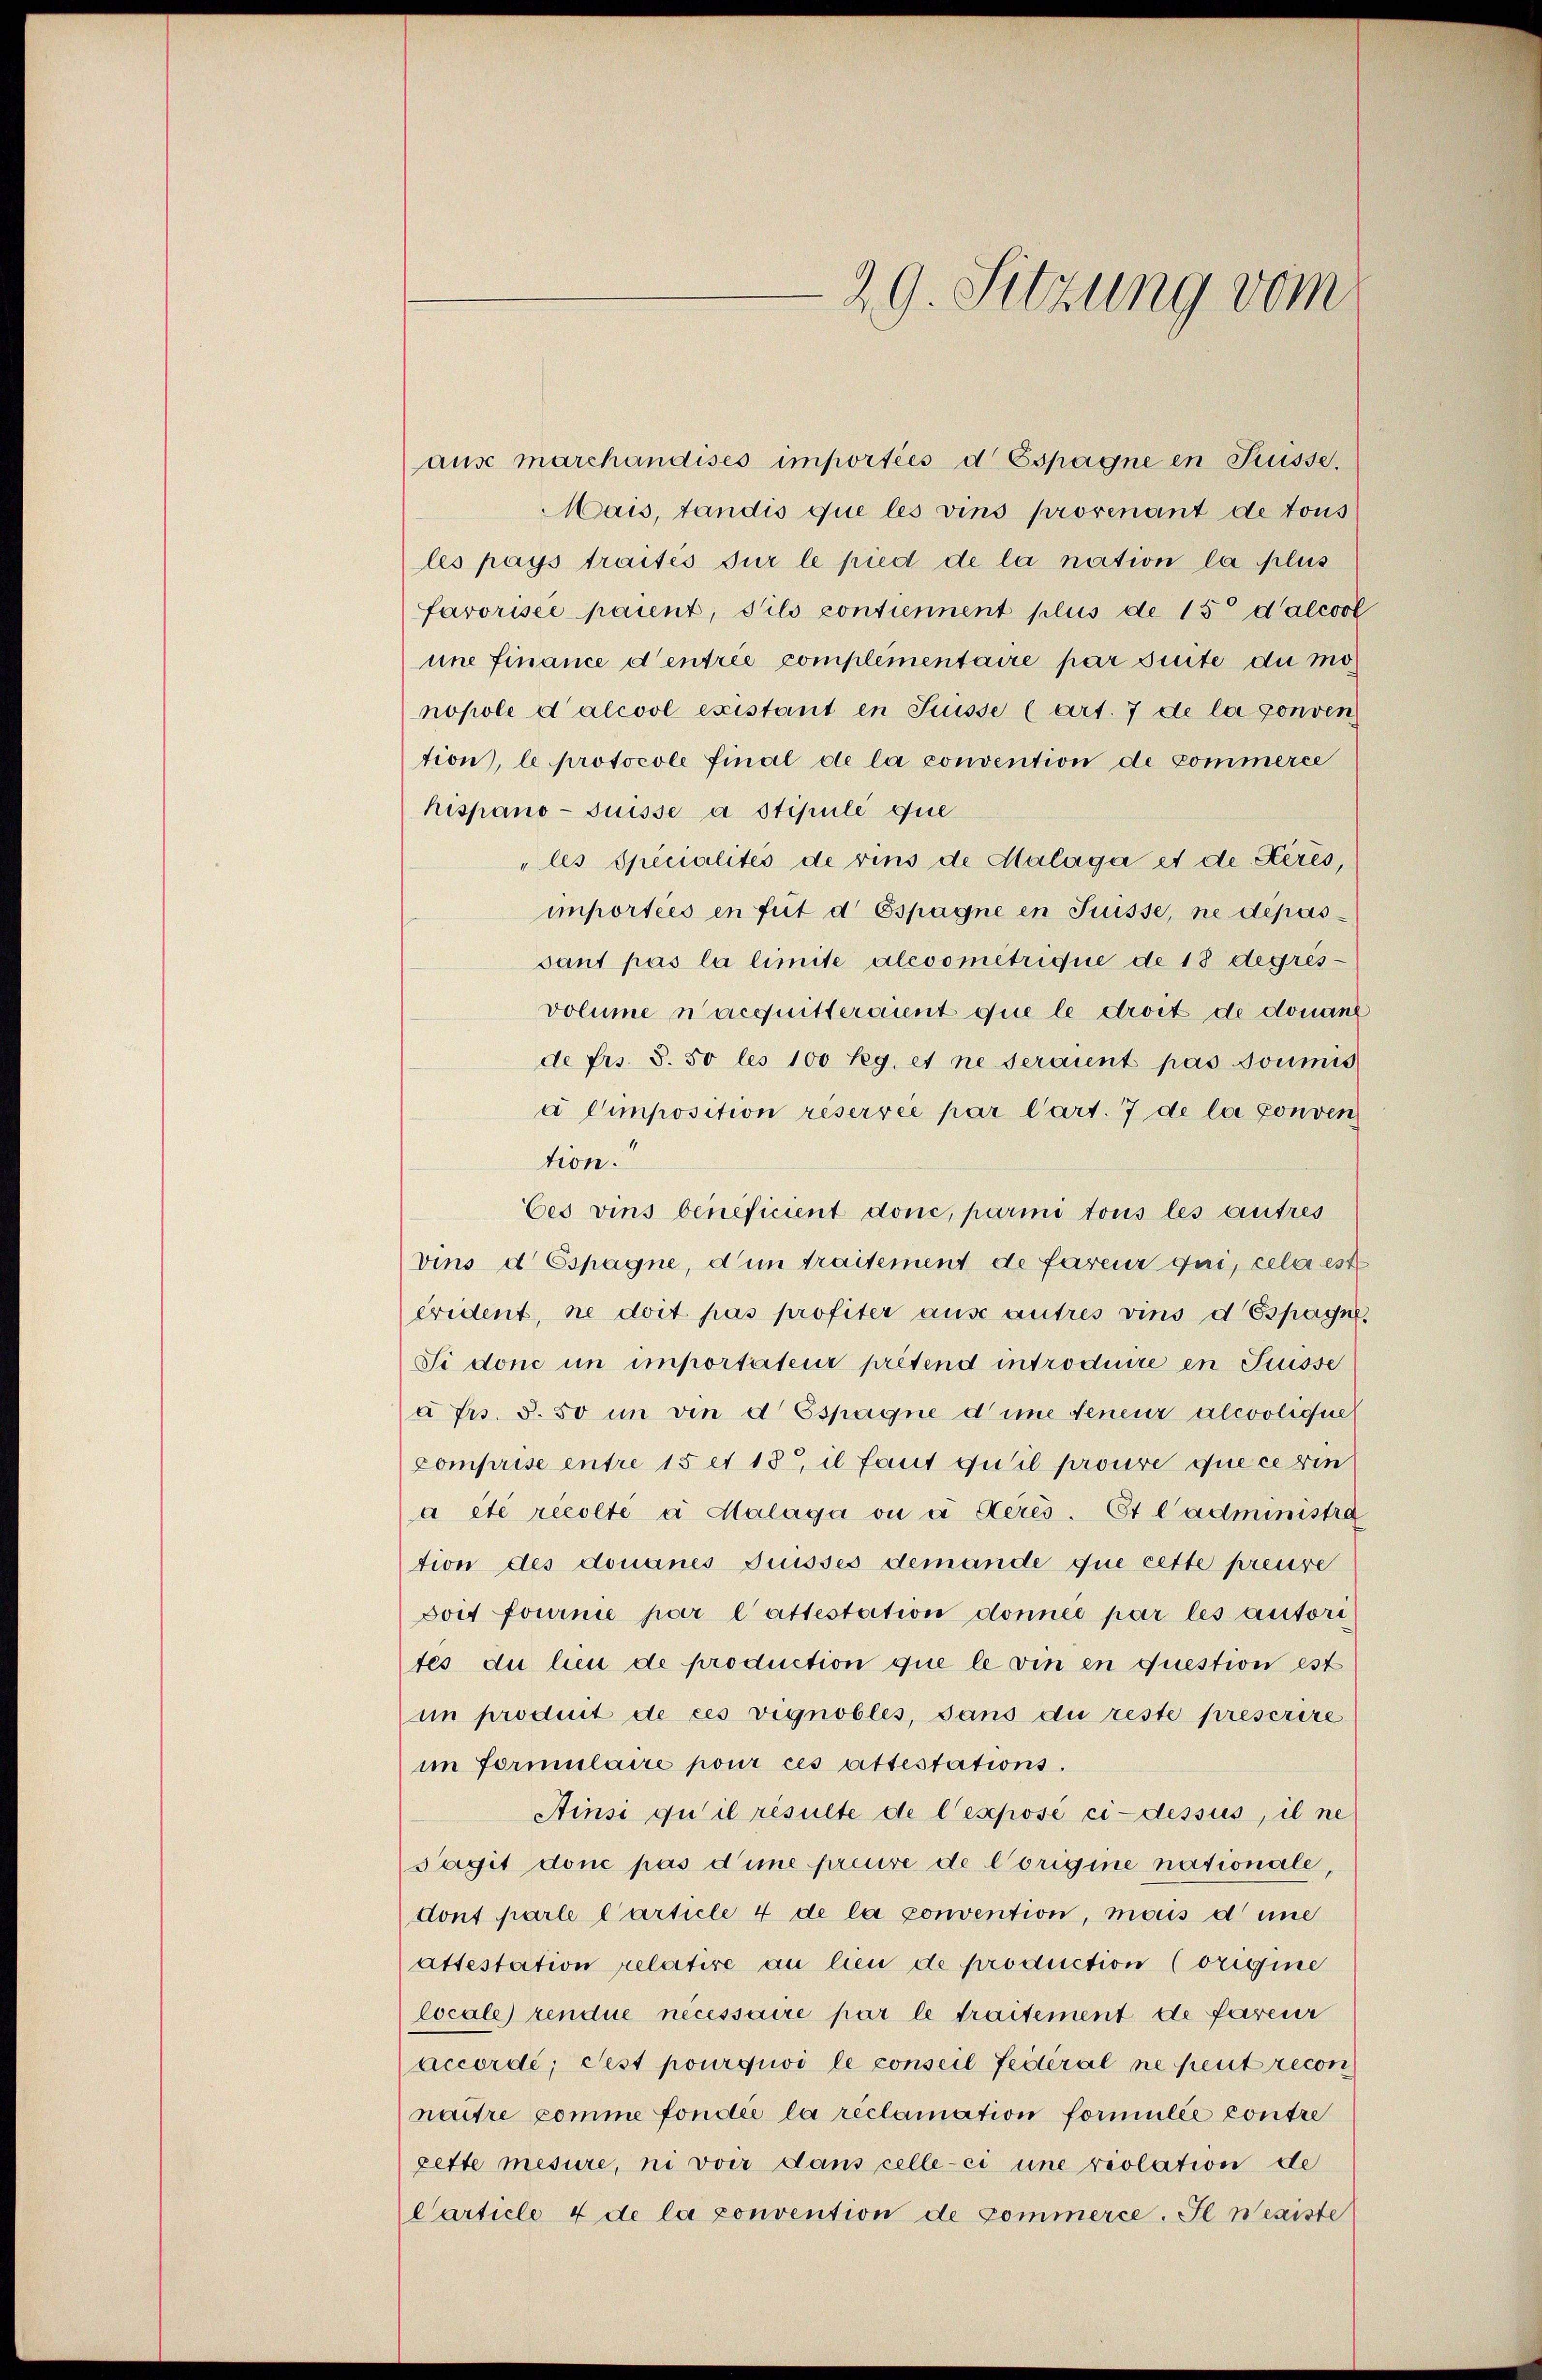
aŭse marchandises importies d Espagne in Suisse,
Mais, tandis que les vins provenant de tous
les pays traités sur le pied de la nation la plus
farorisée paient, Silo contiennent plus de 150 dalcool
une Finance d’entrée complementaire par suite du monopole dalcool existant in Prusse (art. 7 de la conven
tion, le protocole final de la convention de commerce
hispano- Suisse a stipulé que
"les Specialités de vins de Malaga et de. Kérés,
importées en fut d Espagne in Trüsse, ne depossant pas la limite alcoometrique de 18 degres
volume n’acquitteraient que le droit de donant
de frs. S. 50 les 100 Reg. et ne seraient pas soumis
i Composition réservée par l’art. 7 de la conven
tion.
bes vins beneficient donc, parmi tous les autres
vins d Espagne, dum traitement de fareur qui, cela est
erident, ne doit pas profiter ause autres vins d Espayne
Si donc in importateur prétend introduire en Frisse
à frs. S. 50 in von d Espagne die teneur alcoolique
Comprise entre 15 et 13, il faut qu’il prouve que cerin
a etc récolte a Malaga ou à dérés. Et l’administra
tion des donanes Suisses demande que cette preuve
Joit fournie par l’attestation donnée par les autorites du bei de production que le vin en question est
im produit de ces vignobles, sans du reste prescrire
im formulaire pour ces attestations.
Ainsi qu’il resulte de l’expose ci-dessus, il ne
Sagit donc pas d’imme preuve de Vorigine nationale,
dont parle Carticle 4 de la convention, mous dene
attestation relatire an lieu de production (origine
locale rendue necessaire par le traitement de fareur
accordé, Pest pourquoi le conseil fédéral ne peut recon
naitre comme fonder la réclamation formulée contre
zette mesure, ni voir dans celle-ci une violation de
Carticle 4 de la convention de commerce. Il nexiste

29. Sitzung vom